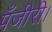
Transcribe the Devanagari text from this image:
पँजीरी।